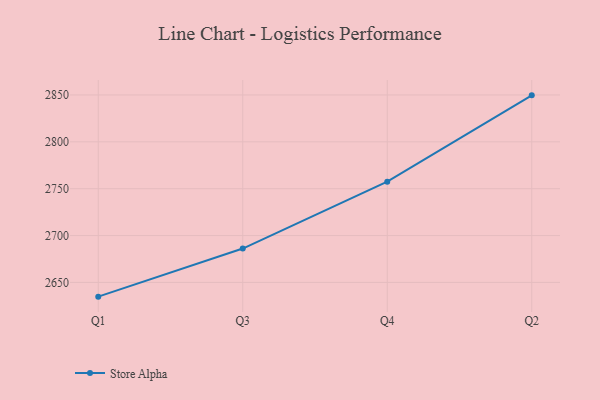
{"axis": {"x": "Quarter", "y": "Budget (USD K)"}, "legend": ["Store Alpha"], "data": [{"x": "Q1", "y": 2634.8, "type": "Store Alpha"}, {"x": "Q3", "y": 2686.1, "type": "Store Alpha"}, {"x": "Q4", "y": 2757.5, "type": "Store Alpha"}, {"x": "Q2", "y": 2849.6, "type": "Store Alpha"}]}